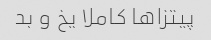
پیتزا‌ها کاملا یخ و بد